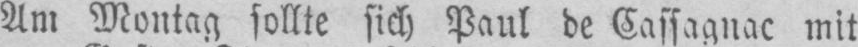
Am Montag sollte sich Paul de Cassagnac mit